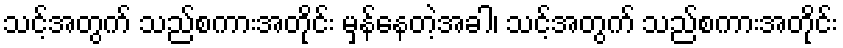
သင့်အတွက် သည်စကားအတိုင်း မှန်နေတဲ့အခါ၊ သင့်အတွက် သည်စကားအတိုင်း